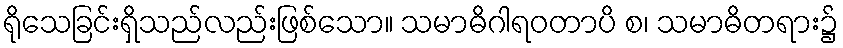
ရိုသေခြင်းရှိသည်လည်းဖြစ်သော။ သမာဓိဂါရဝတာပိ စ၊ သမာဓိတရား၌